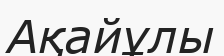
Ақайұлы